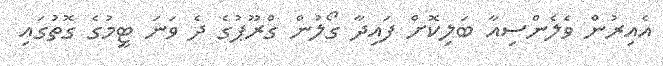
އެއިރުން ވެލެންސިއާ ބަލިކޮށް ފައިދާ ގޯލުން ގްރޫޕުގެ ދެ ވަނަ ޓީމުގެ ގޮތުގައި